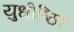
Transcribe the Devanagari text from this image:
युधीष्ठिर